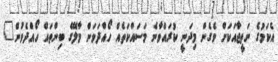
އެކަމުގެ ނަތީޖާއަކަށް ވެގެން މިދަނީ ކުރައްވާނެ މަސައްކަތެއް ހޯއްދަވަން މާލޭގެ ބިންތައް ހޯއްދެވުން"